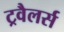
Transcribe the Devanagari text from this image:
ट्रवैलर्स